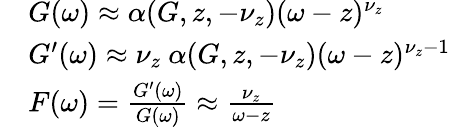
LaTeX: \begin{array}{r}{\begin{array}{rl}&{G(\omega)\approx\alpha(G,z,-\nu_{z})(\omega-z)^{\nu_{z}}}\\ &{G^{\prime}(\omega)\approx\nu_{z}~\alpha(G,z,-\nu_{z})(\omega-z)^{\nu_{z}-1}}\\ &{F(\omega)=\frac{G^{\prime}(\omega)}{G(\omega)}\approx\frac{\nu_{z}}{\omega-z}}\end{array}}\end{array}